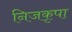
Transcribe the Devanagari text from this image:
निजकृपा